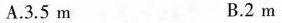
A. 3. 5 m B. 2 m